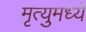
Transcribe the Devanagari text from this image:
मृत्युमध्ये